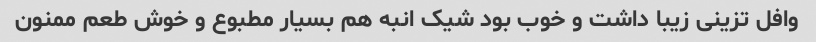
وافل تزینی زیبا داشت و خوب بود شیک انبه هم بسیار مطبوع و خوش طعم ممنون